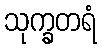
သုက္ခတရံ